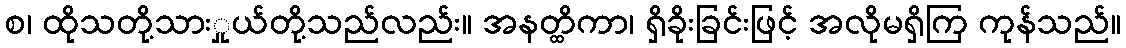
စ၊ ထိုသတို့သားှုယ်တို့သည်လည်း။ အနတ္ထိကာ၊ ရှိခိုးခြင်းဖြင့် အလိုမရှိကြ ကုန်သည်။